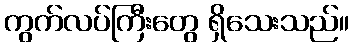
ကွက်လပ်ကြီးတွေ ရှိသေးသည်။